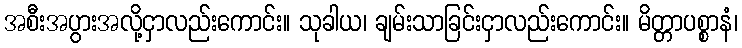
အစီးအပွားအလို့ငှာလည်းကောင်း။ သုခါယ၊ ချမ်းသာခြင်းငှာလည်းကောင်း။ မိတ္တာပစ္စာနံ၊